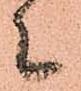
々